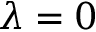
\lambda = 0